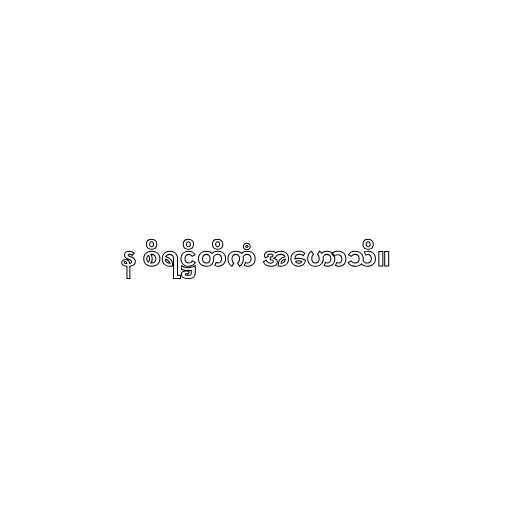
န စိရဋ္ဌိတိကံ အဟောသိ။